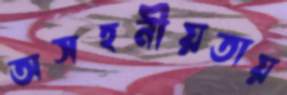
অসহনীয়তায়